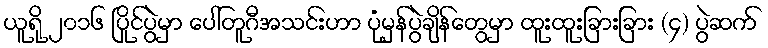
ယူရို ၂၀၁၆ ပြိုင်ပွဲမှာ ပေါ်တူဂီအသင်းဟာ ပုံမှန်ပွဲချိန်တွေမှာ ထူးထူးခြားခြား (၄) ပွဲဆက်